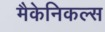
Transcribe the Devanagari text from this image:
मैकेनिकल्स